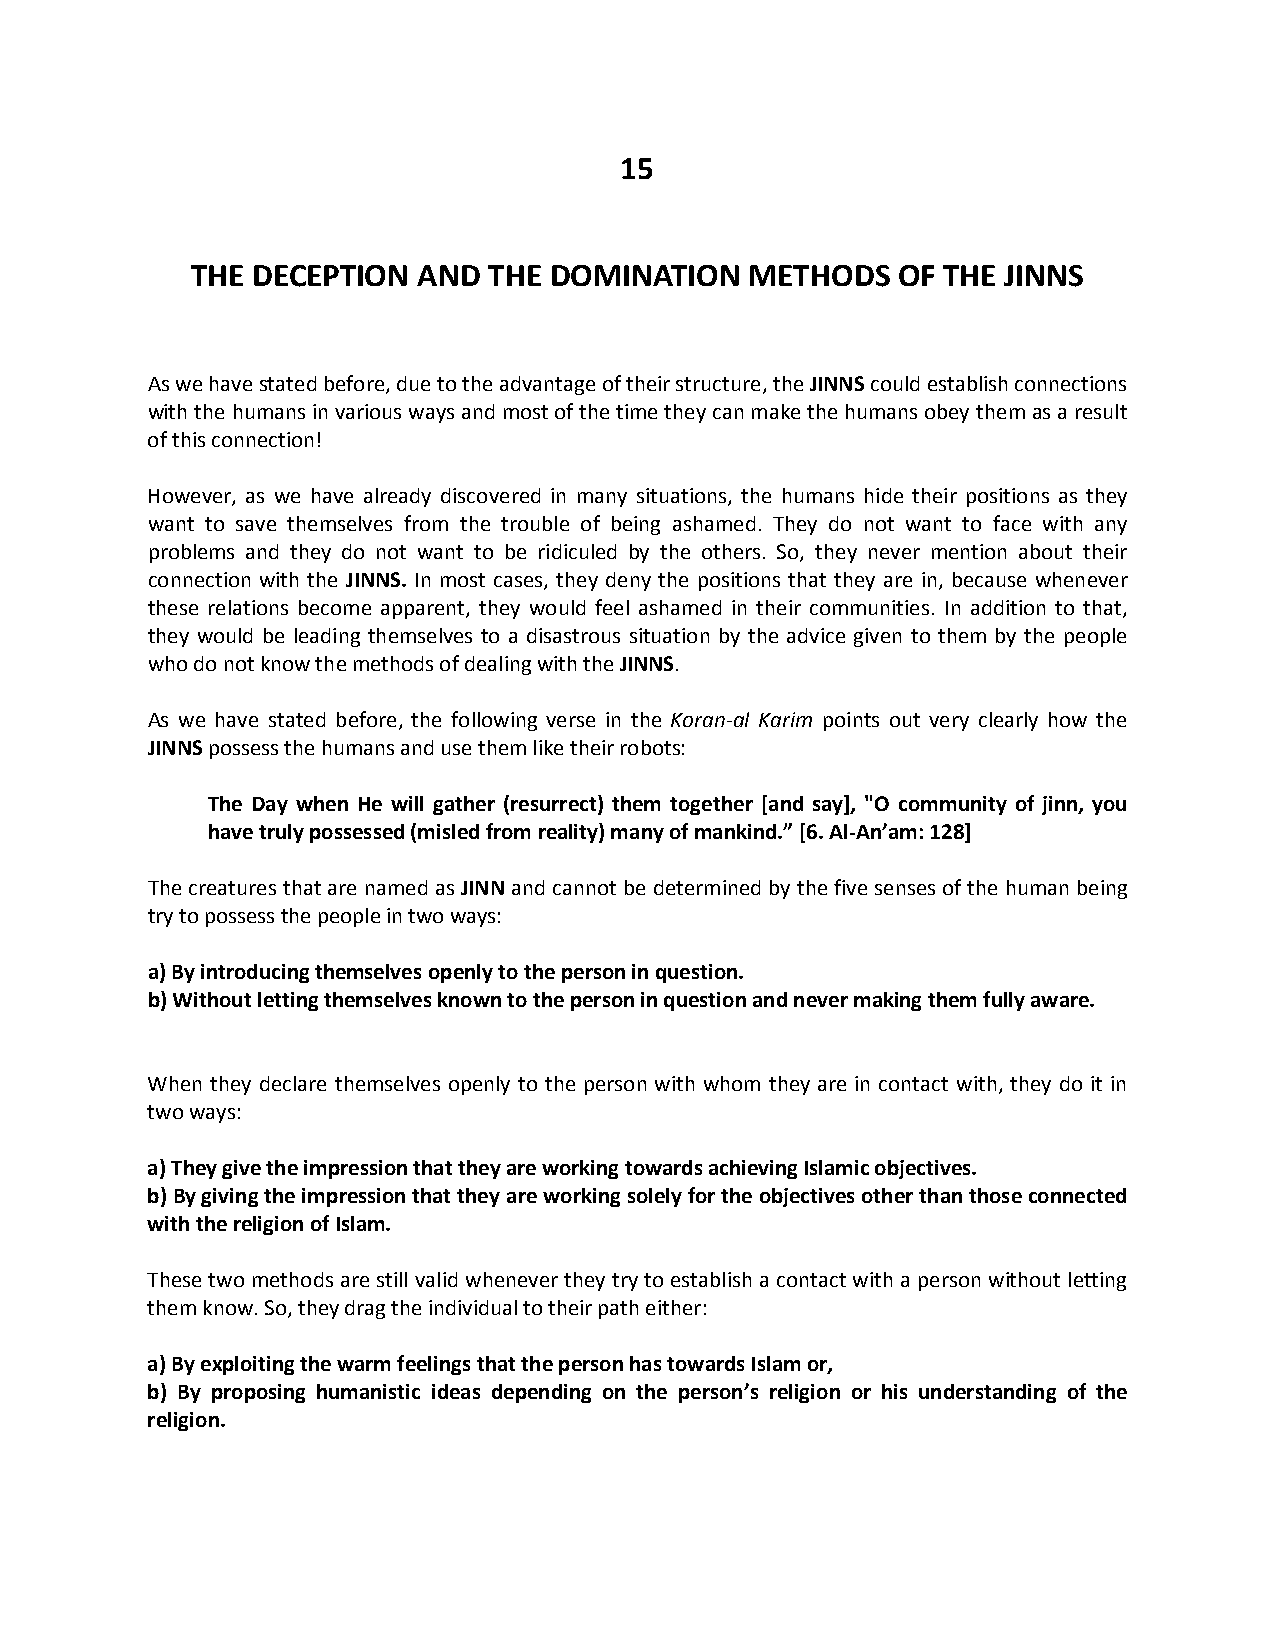
15
 THE DECEPTION  AND THE DOMINATION    METHODS  OF THE  JINNS
 As we have stated before, due to the advantage of their structure, the JINNS could establish connections
 with the humans in various ways and most of the time they can make the humans obey them as a result
 of this connection!
 However, as we have already discovered in many situations, the humans hide their positions as they
 want to save themselves from the trouble of being ashamed. They do not want to face with any
 problems and they do not want to be ridiculed by the others. So, they never mention about their
 connection with the JINNS. In most cases, they deny the positions that they are in, because whenever
 these relations become apparent, they would feel ashamed in their communities. In addition to that,
 they would be leading themselves to a disastrous situation by the advice given to them by the people
 who do not know the methods of dealing with the JINNS.
 As we have stated before, the following verse in the Koran-al Karim points out very clearly how the
 JINNS possess the humans and use them like their robots:
 The Day when He will gather (resurrect) them together [and say], "O community of jinn, you
 have truly possessed (misled from reality) many of mankind.” [6. Al-An’am: 128]
 The creatures that are named as JINN and cannot be determined by the five senses of the human being
 try to possess the people in two ways:
 a) By introducing themselves openly to the person in question.
 b) Without letting themselves known to the person in question and never making them fully aware.
 When they declare themselves openly to the person with whom they are in contact with, they do it in
 two ways:
 a) They give the impression that they are working towards achieving Islamic objectives.
 b) By giving the impression that they are working solely for the objectives other than those connected
 with the religion of Islam.
 These two methods are still valid whenever they try to establish a contact with a person without letting
 them know. So, they drag the individual to their path either:
 a) By exploiting the warm feelings that the person has towards Islam or,
 b) By proposing humanistic ideas depending on the person’s religion or his understanding of the
 religion.